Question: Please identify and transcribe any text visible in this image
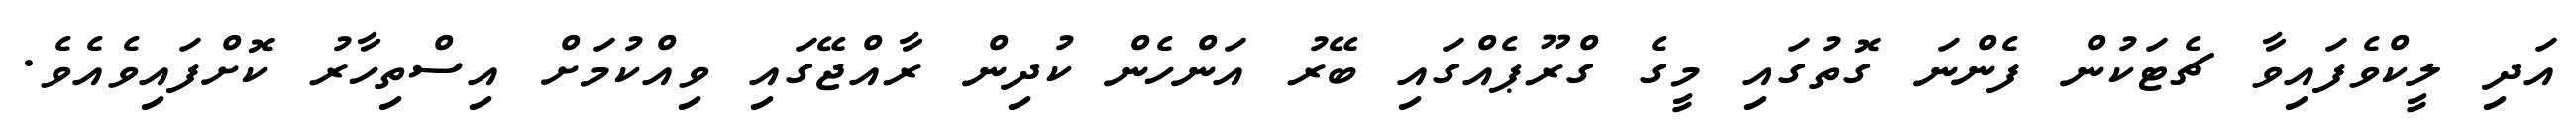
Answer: އަދި ލީކްވެފައިވާ ޗެޓަކުން ފެންނަ ގޮތުގައި މީގެ ގްރޫޕެއްގައި ބޭރު އަންހެން ކުދިން ރާއްޖޭގައި ވިއްކުމަށް އިސްތިހާރު ކޮށްފައިވެއެވެ.